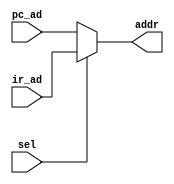
`timescale 1ns / 1ps
//////////////////////////////////////////////////////////////////////////////////
module addr_mux(addr, sel, ir_ad, pc_ad); 
    // Address multiplexer
    // to choose address of instruction register or address of program counter
input [7:0] ir_ad, pc_ad;
input sel;
output [7:0] addr;

assign addr = (sel)? ir_ad:pc_ad;

endmodule